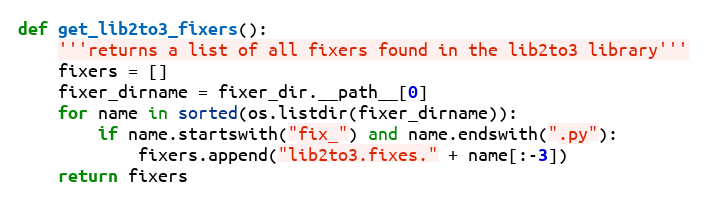
Language: Python
def get_lib2to3_fixers():
    '''returns a list of all fixers found in the lib2to3 library'''
    fixers = []
    fixer_dirname = fixer_dir.__path__[0]
    for name in sorted(os.listdir(fixer_dirname)):
        if name.startswith("fix_") and name.endswith(".py"):
            fixers.append("lib2to3.fixes." + name[:-3])
    return fixers